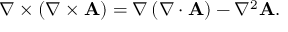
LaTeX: \nabla \times \left( \nabla \times \mathbf { A } \right) = \nabla \left( \nabla \cdot \mathbf { A } \right) - \nabla ^ { 2 } \mathbf { A } .